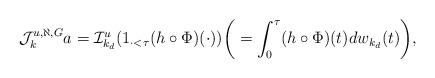
LaTeX: \begin{align*}\begin{gathered}\mathcal{J}^{u,\aleph,G}_k a = \mathcal{I}^u_{k_d} (1_{\cdot<\tau}(h\circ \Phi)(\cdot))\bigg(= \int^{\tau}_0 (h\circ \Phi)(t) dw_{k_d}(t)\bigg),\end{gathered}\end{align*}